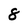
Character: 8